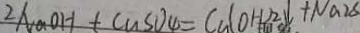
2 N a O H + C a S O _ { 4 } = C a ( O H ) ^ { 2 } \downarrow + N a _ { 2 } S